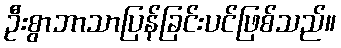
ဦးစွာဘာသာပြန်ခြင်းပင်ဖြစ်သည်။